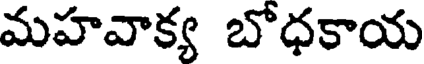
మహవాక్య బోధకాయ